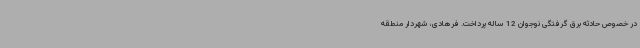
در خصوص حادثه برق گرفتگی نوجوان 12 ساله پرداخت. فرهادی، شهردار منطقه